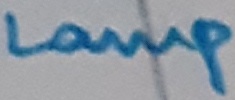
Text: LAMP